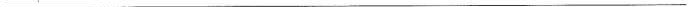
___